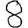
Digit: 8